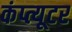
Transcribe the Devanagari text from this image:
कंप्त्यूटर